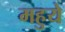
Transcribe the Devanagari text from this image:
महुये